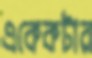
একেকটার